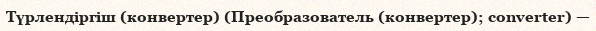
Түрлендіргіш (конвертер) (Преобразователь (конвертер); converter) —